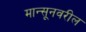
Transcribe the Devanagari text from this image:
मान्सूनवरील